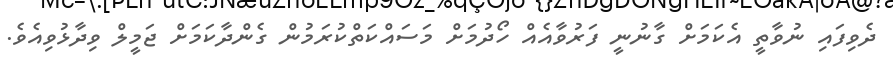
ދެވިފައި ނުވާތީ އެކަމަށް ގާނުނީ ފަރުވާއެއް ހޯދުމަށް މަސައްކަތްކުރަމުން ގެންދާކަމަށް ޖަމީލް ވިދާޅުވިއެވެ.